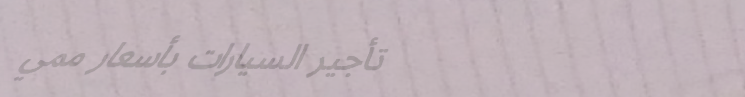
تأجير السيارات بأسعار ممي